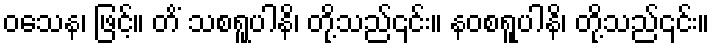
ဝသေန၊ ဖြင့်။ တိံ သစရူပါနိ၊ တို့သည်၎င်း။ နဝစရူပါနိ၊ တို့သည်၎င်း။